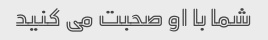
شما با او صحبت می کنید